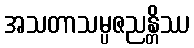
အသတာသမ္ပဇညန္တိဿ